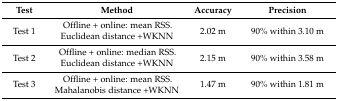
| Test | Method | Accuracy | Precision |
 | --- | --- | --- | --- |
 | Test 1 | Offline + online: mean RSS. Euclidean distance +WKNN | 2.02 m | 90% within 3.10 m |
 | Test 2 | Offline + online: median RSS. Euclidean distance +WKNN | 2.15 m | 90% within 3.58 m |
 | Test 3 | Offline + online: mean RSS. Mahalanobis distance +WKNN | 1.47 m | 90% within 1.81 m |